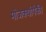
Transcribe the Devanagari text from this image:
मोजक्यांपैकी